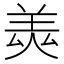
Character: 𦎅